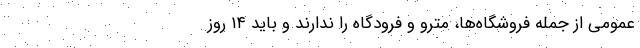
عمومی از جمله فروشگاه‌ها، مترو و فرودگاه را ندارند و باید ۱۴ روز